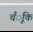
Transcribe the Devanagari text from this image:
चँूंकि